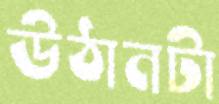
উঠানটা